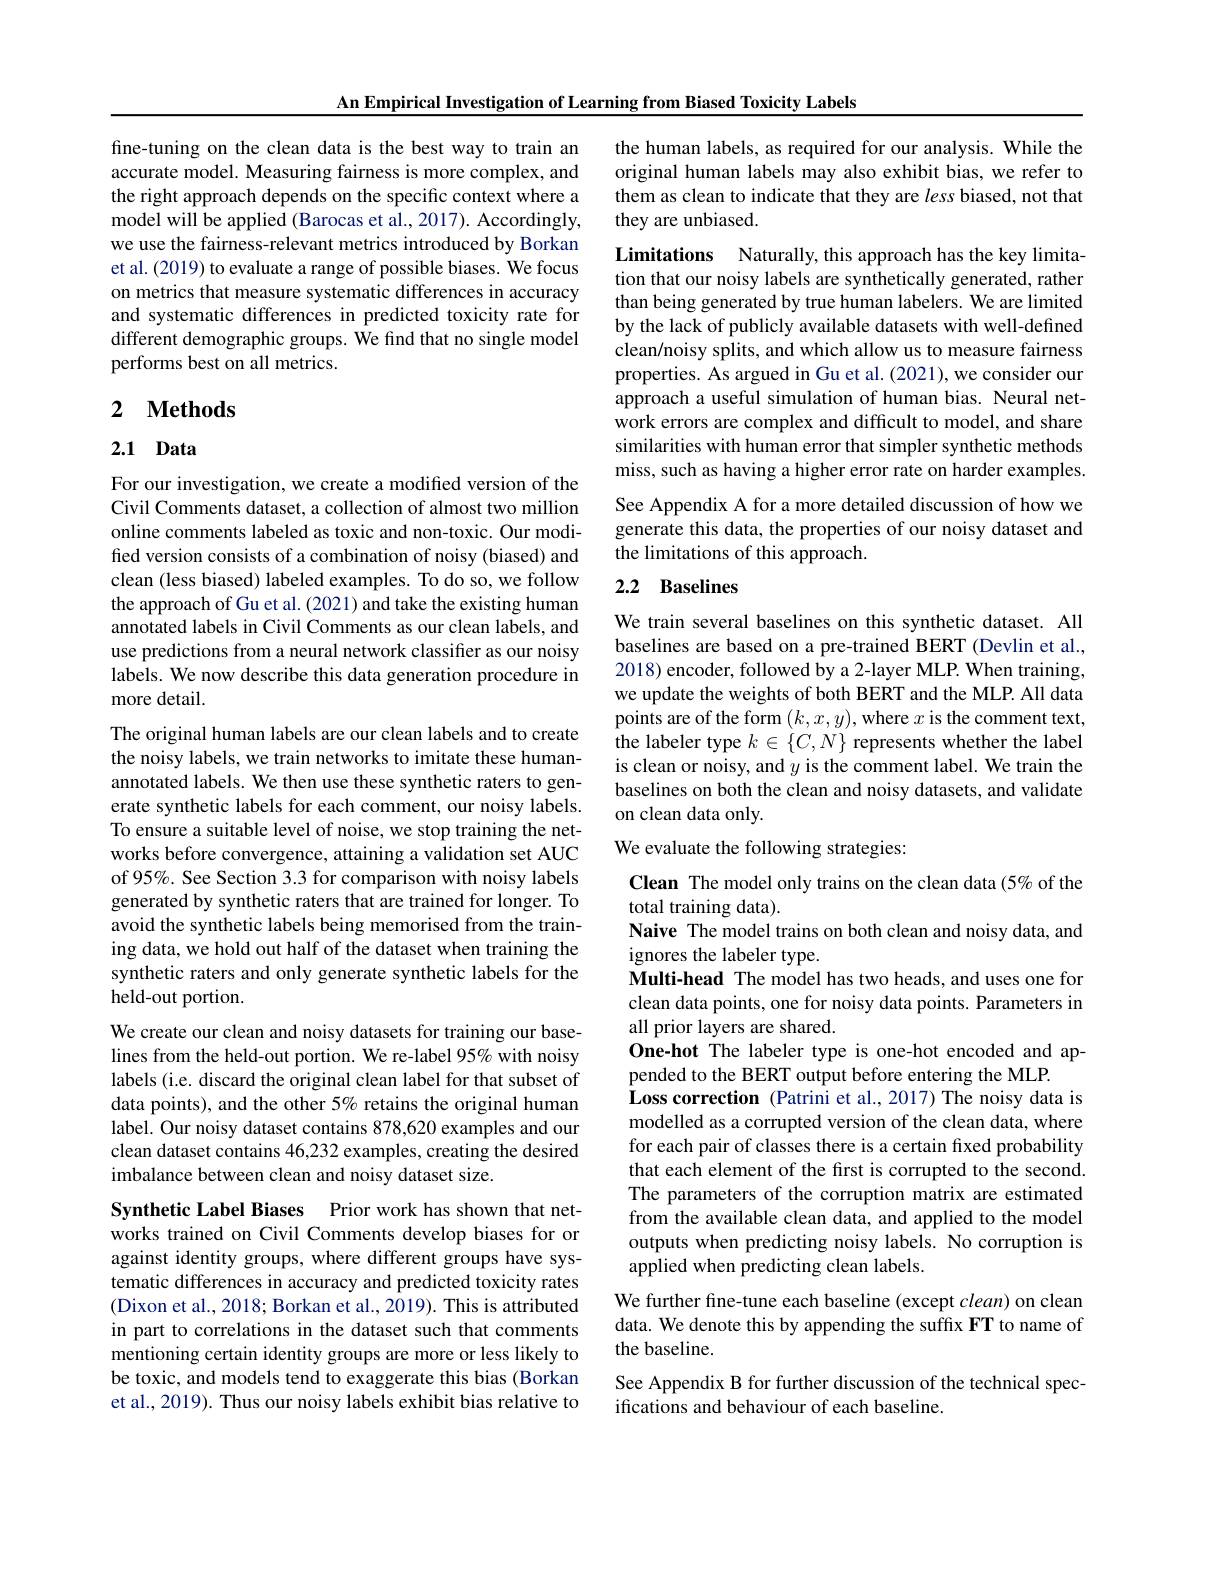
An Empirical Investigation of Learning from Biased Toxicity Labels

fine-tuning on the clean data is the best way to train an accurate model. Measuring fairness is more complex, and the right approach depends on the specific context where a model will be applied (Barocas et al., 2017). Accordingly, we use the fairness-relevant metrics introduced by Borkan et al. (2019) to evaluate a range of possible biases. We focus on metrics that measure systematic differences in accuracy and systematic differences in predicted toxicity rate for different demographic groups. We find that no single model performs best on all metrics.

## 2 $\textbf{Methods}$

## 2.1 Data

For our investigation, we create a modified version of the Civil Comments dataset, a collection of almost two million online comments labeled as toxic and non-toxic. Our modified version consists of a combination of noisy (biased) and clean (less biased) labeled examples. To do so, we follow the approach of Gu et al. (2021) and take the existing human annotated labels in Civil Comments as our clean labels, and use predictions from a neural network classifier as our noisy labels. We now describe this data generation procedure in more detail.

The original human labels are our clean labels and to create the noisy labels, we train networks to imitate these humanannotated labels. We then use these synthetic raters to generate synthetic labels for each comment, our noisy labels. To ensure a suitable level of noise, we stop training the networks before convergence, attaining a validation set AUC of 95%. See Section 3.3 for comparison with noisy labels generated by synthetic raters that are trained for longer. To avoid the synthetic labels being memorised from the training data, we hold out half of the dataset when training the synthetic raters and only generate synthetic labels for the held-out portion.
We create our clean and noisy datasets for training our baselines from the held-out portion. We re-label 95% with noisy labels (i.e. discard the original clean label for that subset of data points), and the other 5% retains the original human label. Our noisy dataset contains 878,620 examples and our

clean dataset contains 46,232 examples, creating the desired
imbalance between clean and noisy dataset size.

Synthetic Label Biases Prior work has shown that networks trained on Civil Comments develop biases for or against identity groups, where different groups have systematic differences in accuracy and predicted toxicity rates (Dixon et al., 2018; Borkan et al., 2019). This is attributed in part to correlations in the dataset such that comments mentioning certain identity groups are more or less likely to be toxic, and models tend to exaggerate this bias (Borkan et al., 2019). Thus our noisy labels exhibit bias relative to

the human labels, as required for our analysis. While the original human labels may also exhibit bias, we refer to them as clean to indicate that they are less biased, not that they are unbiased.

Limitations Naturally, this approach has the key limita-

tion that our noisy labels are synthetically generated, rather than being generated by true human labelers. We are limited by the lack of publicly available datasets with well-defined clean/noisy splits, and which allow us to measure fairness properties. As argued in Gu et al. (2021), we consider our approach a useful simulation of human bias. Neural network errors are complex and difficult to model, and share similarities with human error that simpler synthetic methods miss, such as having a higher error rate on harder examples. See Appendix A for a more detailed discussion of how we generate this data, the properties of our noisy dataset and the limitations of this approach.

## 2.2 Baselines

We train several baselines on this synthetic dataset. All baselines are based on a pre-trained BERT (Devlin et al., 2018) encoder, followed by a 2-layer MLP. When training, we update the weights of both BERT and the MLP. All data points are of the form $(k,x,y)$,where $x$ is the comment text, the labeler type $k\in\{C,N\}$ represents whether the label is clean or noisy, and $y$ is the comment label. We train the baselines on both the clean and noisy datasets, and validate on clean data only.

We evaluate the following strategies:

Clean The model only trains on the clean data (5% of the
total training data).
Naive The model trains on both clean and noisy data, and
ignores the labeler type.
Multi-head The model has two heads, and uses one for clean data points, one for noisy data points. Parameters in all prior layers are shared.
One-hot The labeler type is one-hot encoded and ap-
pended to the BERT output before entering the MLP.
Loss correction (Patrini et al., 2017) The noisy data is modelled as a corrupted version of the clean data, where for each pair of classes there is a certain fxed probability that each element of the first is corrupted to the second. The parameters of the corruption matrix are estimated from the available clean data, and applied to the model outputs when predicting noisy labels. No corruption is applied when predicting clean labels.
We further fine-tune each baseline (except $clean)$ on clean

data. We denote this by appending the suffix FT to name of
# the baseline.

See Appendix B for further discussion of the technical spec-
ifications and behaviour of each baseline.